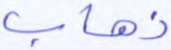
ذهاب